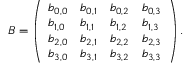
B = \left( \begin{array} { l l l l } { b _ { 0 , 0 } } & { b _ { 0 , 1 } } & { b _ { 0 , 2 } } & { b _ { 0 , 3 } } \\ { b _ { 1 , 0 } } & { b _ { 1 , 1 } } & { b _ { 1 , 2 } } & { b _ { 1 , 3 } } \\ { b _ { 2 , 0 } } & { b _ { 2 , 1 } } & { b _ { 2 , 2 } } & { b _ { 2 , 3 } } \\ { b _ { 3 , 0 } } & { b _ { 3 , 1 } } & { b _ { 3 , 2 } } & { b _ { 3 , 3 } } \end{array} \right) .